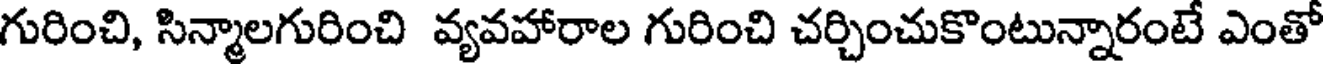
గురించి, సిన్మాలగురించి వ్యవహారాల గురించి చర్చించుకొంటున్నారంటే ఎంతో